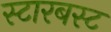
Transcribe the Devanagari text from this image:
स्टारबस्ट